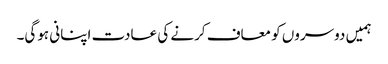
ہمیں دوسروں کو معاف کرنے کی عادت اپنانی ہوگی۔